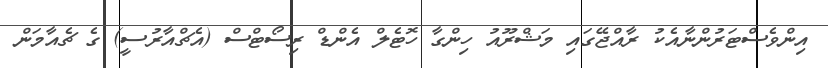
އިންވެސްޓަރުންނާއެކު ރާއްޖޭގައި މަޝްރޫއު ހިންގާ ހޮޓެލް އެންޑް ރިސޯޓްސް (އެޗްއާރުސީ) ގެ ޗެއާމަން